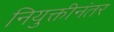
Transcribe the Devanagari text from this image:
नियुक्तीनंतर